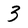
Character: 3